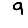
Digit: 9